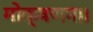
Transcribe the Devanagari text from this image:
मोक्षणम।।